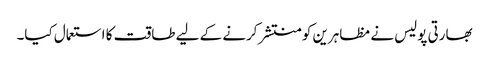
بھارتی پولیس نے مظاہرین کو منتشر کرنے کے لیے طاقت کا استعمال کیا۔